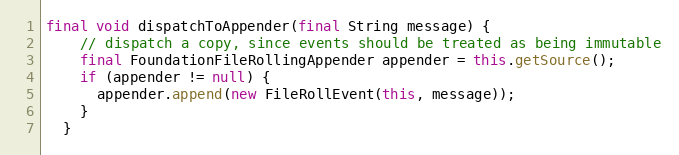
Language: Java
final void dispatchToAppender(final String message) {
    // dispatch a copy, since events should be treated as being immutable
    final FoundationFileRollingAppender appender = this.getSource();
    if (appender != null) {
      appender.append(new FileRollEvent(this, message));
    }
  }